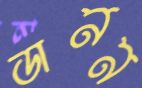
ডানন